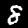
Label: 8